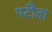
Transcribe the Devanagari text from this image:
पटौदा